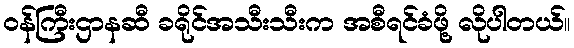
ဝန်ကြီးဌာနဆီ ခရိုင်အသီးသီးက အစီရင်ခံဖို့ လိုပါတယ်။